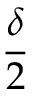
\frac { \delta } { 2 }